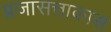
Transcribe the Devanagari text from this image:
प्रजासत्ताकास